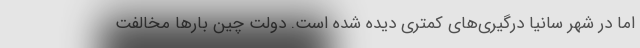
اما در شهر سانیا درگیری‌های کمتری دیده شده است. دولت چین بارها مخالفت